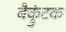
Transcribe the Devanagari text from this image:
बैक्रुंटक